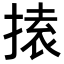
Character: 𭡟